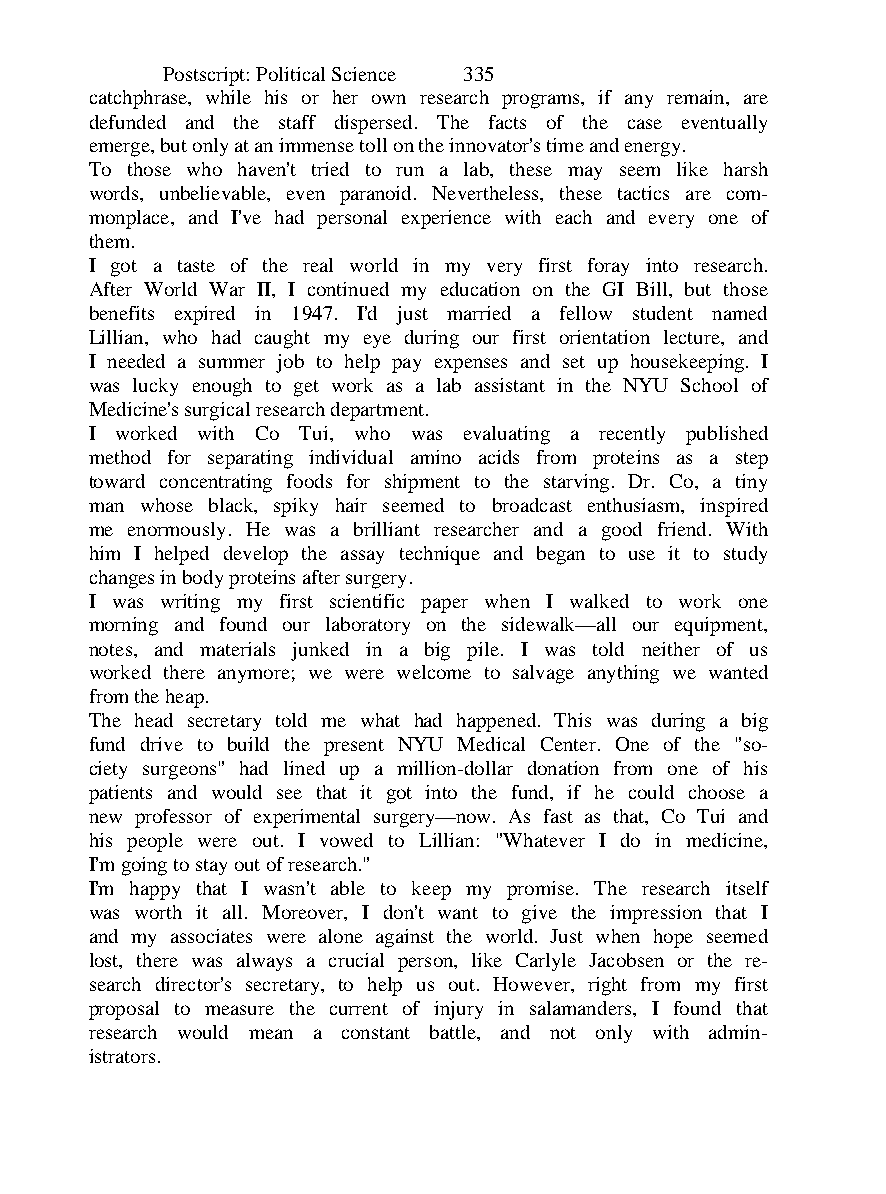
Postscript: Political Science 335
 catchphrase, while his or her own research programs, if any remain, are
 defunded and the staff dispersed. The facts of the case eventually
 emerge, but only at an immense toll on the innovator's time and energy.
 To those who haven't tried to run a lab, these may seem like harsh
 words, unbelievable, even paranoid. Nevertheless, these tactics are com-
 monplace, and I've had personal experience with each and every one of
 them.
 I got a taste of the real world in my very first foray into research.
 After World War II, I continued my education on the GI Bill, but those
 benefits expired in 1947. I'd just married a fellow student named
 Lillian, who had caught my eye during our first orientation lecture, and
 I needed a summer job to help pay expenses and set up housekeeping. I
 was lucky enough to get work as a lab assistant in the NYU School of
 Medicine's surgical research department.
 I worked with Co Tui, who was evaluating a recently published
 method for separating individual amino acids from proteins as a step
 toward concentrating foods for shipment to the starving. Dr. Co, a tiny
 man whose black, spiky hair seemed to broadcast enthusiasm, inspired
 me enormously. He was a brilliant researcher and a good friend. With
 him I helped develop the assay technique and began to use it to study
 changes in body proteins after surgery.
 I was writing my first scientific paper when I walked to work one
 morning and found our laboratory on the sidewalk—all our equipment,
 notes, and materials junked in a big pile. I was told neither of us
 worked there anymore; we were welcome to salvage anything we wanted
 from the heap.
 The head secretary told me what had happened. This was during a big
 fund drive to build the present NYU Medical Center. One of the "so-
 ciety surgeons" had lined up a million-dollar donation from one of his
 patients and would see that it got into the fund, if he could choose a
 new professor of experimental surgery—now. As fast as that, Co Tui and
 his people were out. I vowed to Lillian: "Whatever I do in medicine,
 I'm going to stay out of research."
 I'm happy that I wasn't able to keep my promise. The research itself
 was worth it all. Moreover, I don't want to give the impression that I
 and my associates were alone against the world. Just when hope seemed
 lost, there was always a crucial person, like Carlyle Jacobsen or the re-
 search director's secretary, to help us out. However, right from my first
 proposal to measure the current of injury in salamanders, I found that
 research would mean a constant battle, and not only with admin-
 istrators.